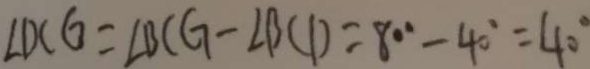
\angle D C G = \angle B C G - \angle B C D = 8 0 ^ { \circ } - 4 0 ^ { \circ } = 4 0 ^ { \circ }